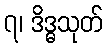
၇၊ ဒိဒ္ဓသုတ်